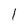
Character: l